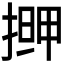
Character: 𭡹